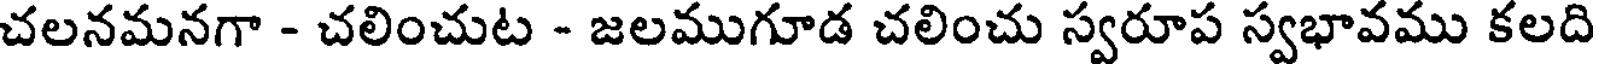
చలనమనగా - చలించుట - జలముగూడ చలించు స్వరూప స్వభావము కలది